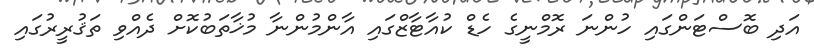
އަދި ބޮސްޓަންގައި ހުންނަ ރޮމްނީގެ ހެޑް ކުއާޓާޒްގައި އާންމުންނާ މުޚާތަބުކޮށް ދެއްވި ތަޤުރީރުގައި